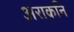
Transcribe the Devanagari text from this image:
अराकनि